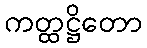
ကတ္ထဋ္ဌိတော